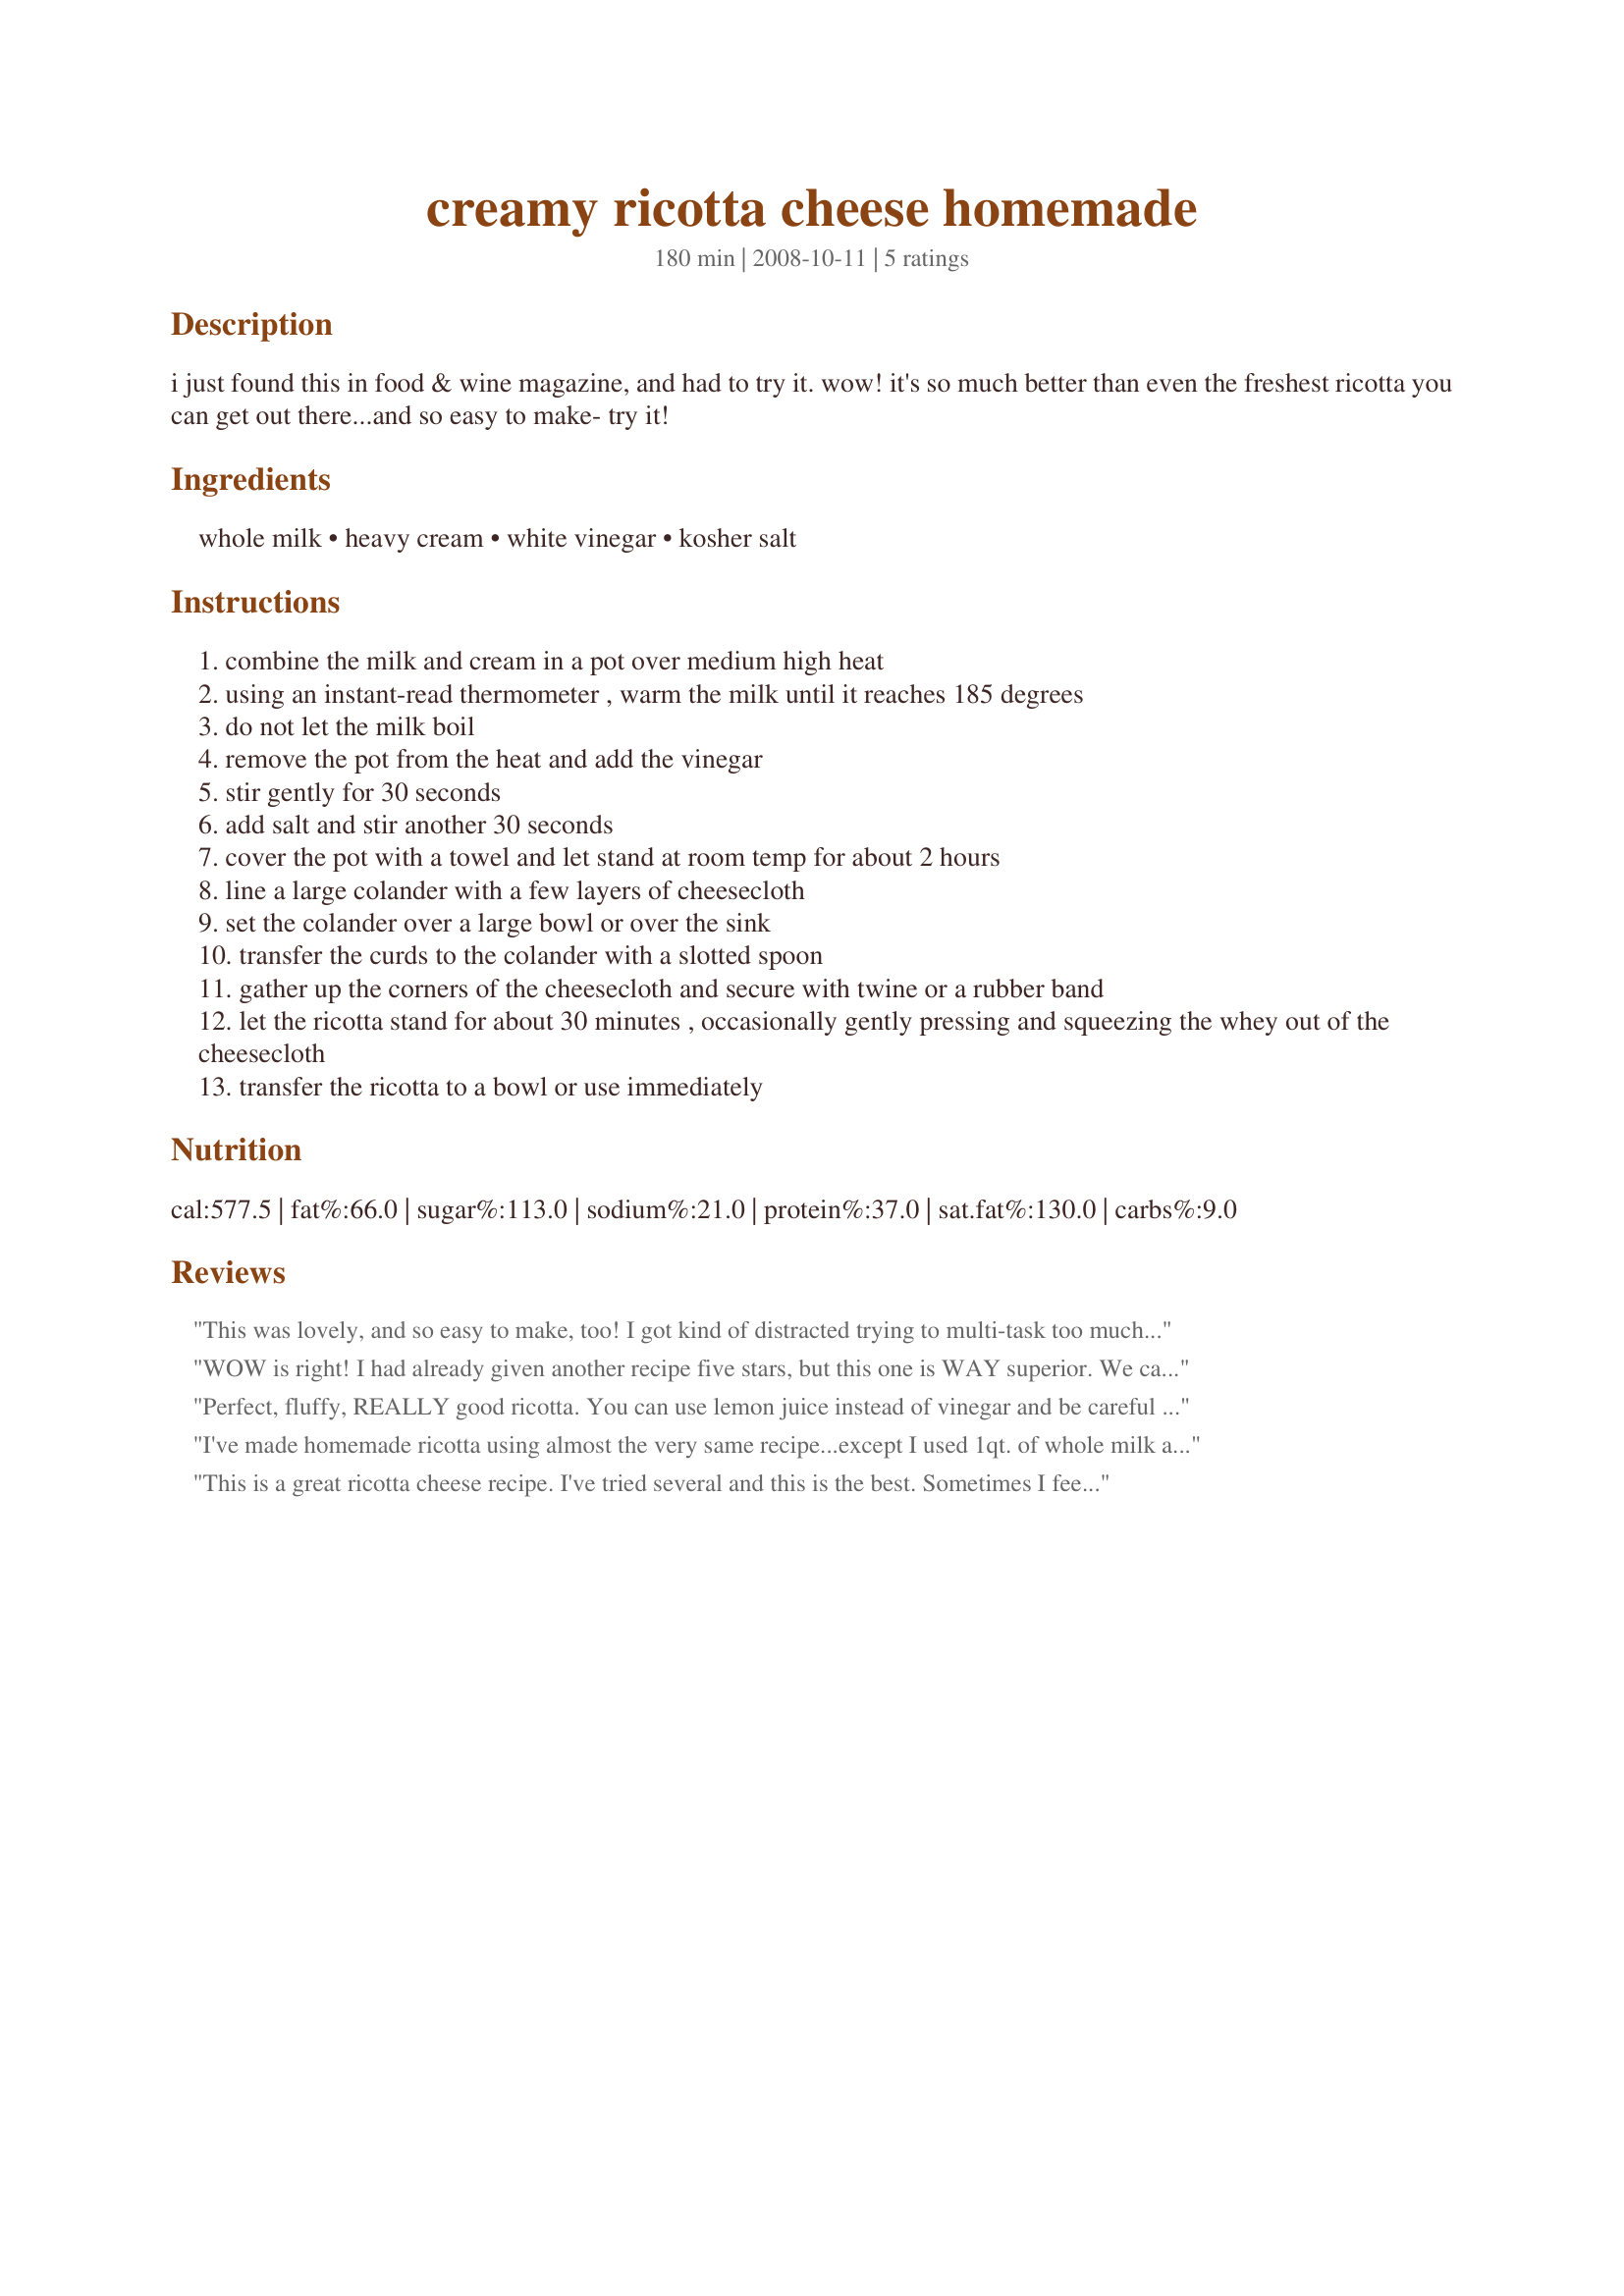
creamy ricotta cheese homemade
Preparation time: 180 minutes

i just found this in food & wine magazine, and had to try it. wow! it's so much better than even the freshest ricotta you can get out there...and so easy to make- try it!

Ingredients:
whole milk, heavy cream, white vinegar, kosher salt

Steps:
combine the milk and cream in a pot over medium high heat
using an instant-read thermometer , warm the milk until it reaches 185 degrees
do not let the milk boil
remove the pot from the heat and add the vinegar
stir gently for 30 seconds
add salt and stir another 30 seconds
cover the pot with a towel and let stand at room temp for about 2 hours
line a large colander with a few layers of cheesecloth
set the colander over a large bowl or over the sink
transfer the curds to the colander with a slotted spoon
gather up the corners of the cheesecloth and secure with twine or a rubber band
let the ricotta stand for about 30 minutes , occasionally gently pressing and squeezing the whey out of the cheesecloth
transfer the ricotta to a bowl or use immediately

Reviews:
This was lovely, and so easy to make, too! I got kind of distracted trying to multi-task too much, so I accidentally let my ricotta drain in the cheesecloth for a little over an hour. It was a little drier than I think it was supposed to be, so I'll have to make it again and pay more attention to the time so it will be a bit more moist. What great fresh flavor, though. I think I might take my ricotta and use it on some homemade pizza with chicken, fresh basil and chopped roasted tomatoes. Great basic recipe, thanks for posting! Made for PAC Spring '10 :)
WOW is right! I had already given another recipe five stars, but this one is WAY superior. We can't get whole milk here that isn't boxed and irradiated or highly pastuerized, so the addition of the heavy cream to 2% fresh milk made SUCH a difference. It's so amazingly easy to make. Will never buy store-bought again...
Perfect, fluffy, REALLY good ricotta. You can use lemon juice instead of vinegar and be careful not to over stir. It breaks up the curds. Once you make it, you'll never buy it at the store again. I'd seen this recipe in the magazine and tried it then. I've since recycled the magazine and am so happy you posted!
I've made homemade ricotta using almost the very same recipe...except I used 1qt. of whole milk and 1/4 cup cider vinegar. I loved it! I followed the same instructions as in your recipe...so easy! This is a must try recipe! I served it with olive oil and Italian spices ontop. I added my photo! =)
This is a great ricotta cheese recipe. I've tried several and this is the best. Sometimes I feel like a softer cheese, so I only let it drain for or a minute or two. Other times I feel like a chewier, drier cheese, so I'll let it drain the full 30 minutes. Either way, it's excellent.
